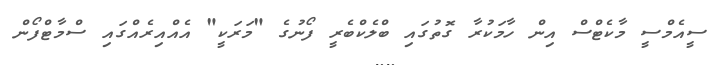
ސީއެމްސީ މާކެޓްސް އިން ހާމަކުރާ ގޮތުގައި ބްލެކްބެރީ ފޯނުގެ "މަރަކީ" އެއްއިރެއްގައި ސްމާޓްފޯން